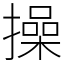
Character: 操